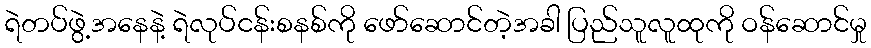
ရဲတပ်ဖွဲ့အနေနဲ့ ရဲလုပ်ငန်းစနစ်ကို ဖော်ဆောင်တဲ့အခါ ပြည်သူလူထုကို ဝန်ဆောင်မှု